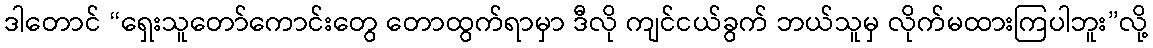
ဒါတောင် “ရှေးသူတော်ကောင်းတွေ တောထွက်ရာမှာ ဒီလို ကျင်ငယ်ခွက် ဘယ်သူမှ လိုက်မထားကြပါဘူး”လို့